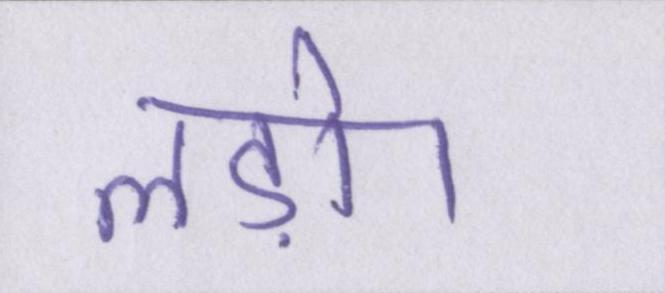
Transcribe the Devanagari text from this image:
लड़ो।